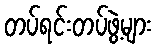
တပ်ရင်းတပ်ဖွဲ့များ